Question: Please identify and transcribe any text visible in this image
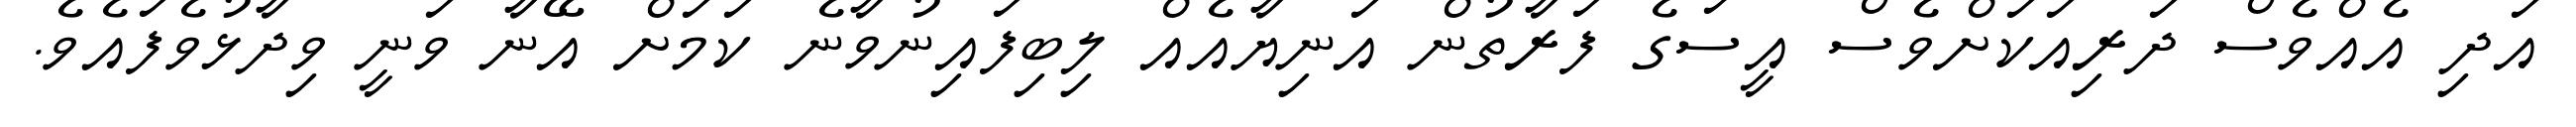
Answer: އަދި އެއްވެސް ދަރިއަކަށްވެސް އީސަގެ ފަރާތުން އަނިޔާއެއް ލިބިފައިނުވާނެ ކަމަށް އޭނާ ވަނީ ވިދާޅުވެފައެވެ.